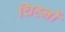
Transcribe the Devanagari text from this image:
चिह्‍नों